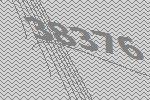
38376